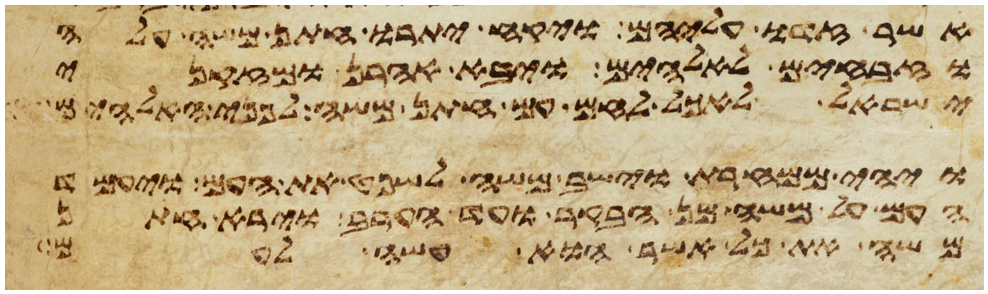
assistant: אשר זדו עליהם ויקח יתרו חתן משה עלה
וזבחים לאלהים ויבא אהרן ומזקני
ישראל לאכל לחם עם חתן משה לפני האלהים
ויהי ממחרת וישב משה לשפט את העם ויעמד
העם על משה מן הבקר ועד הערב וירא חתן
משה את כל אשר הוא עשה לעם